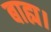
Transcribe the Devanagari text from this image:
बाह्य।